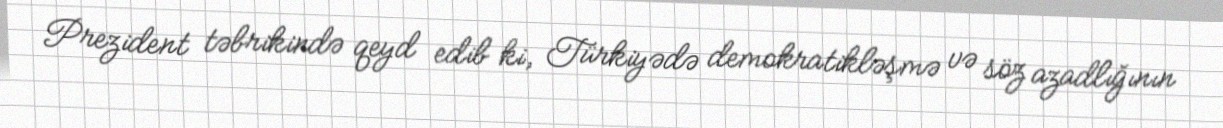
Prezident təbrikində qeyd edib ki, Türkiyədə demokratikləşmə və söz azadlığının